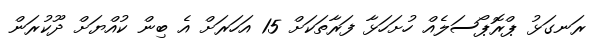
ރަނގަޅު ޕްރޮޕޯސަލެއް ހުށަހަޅާ ފަރާތަކަށް 15 އަހަރަށް އެ ބިން ކުއްޔަށް ދޫކުރަން